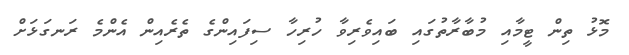
މޮޅު ތިން ޓީމާއި މުބާރާތުގައި ބައިވެރިވާ ހުރިހާ ސިފައިންގެ ތެރެއިން އެންމެ ރަނގަޅަށް